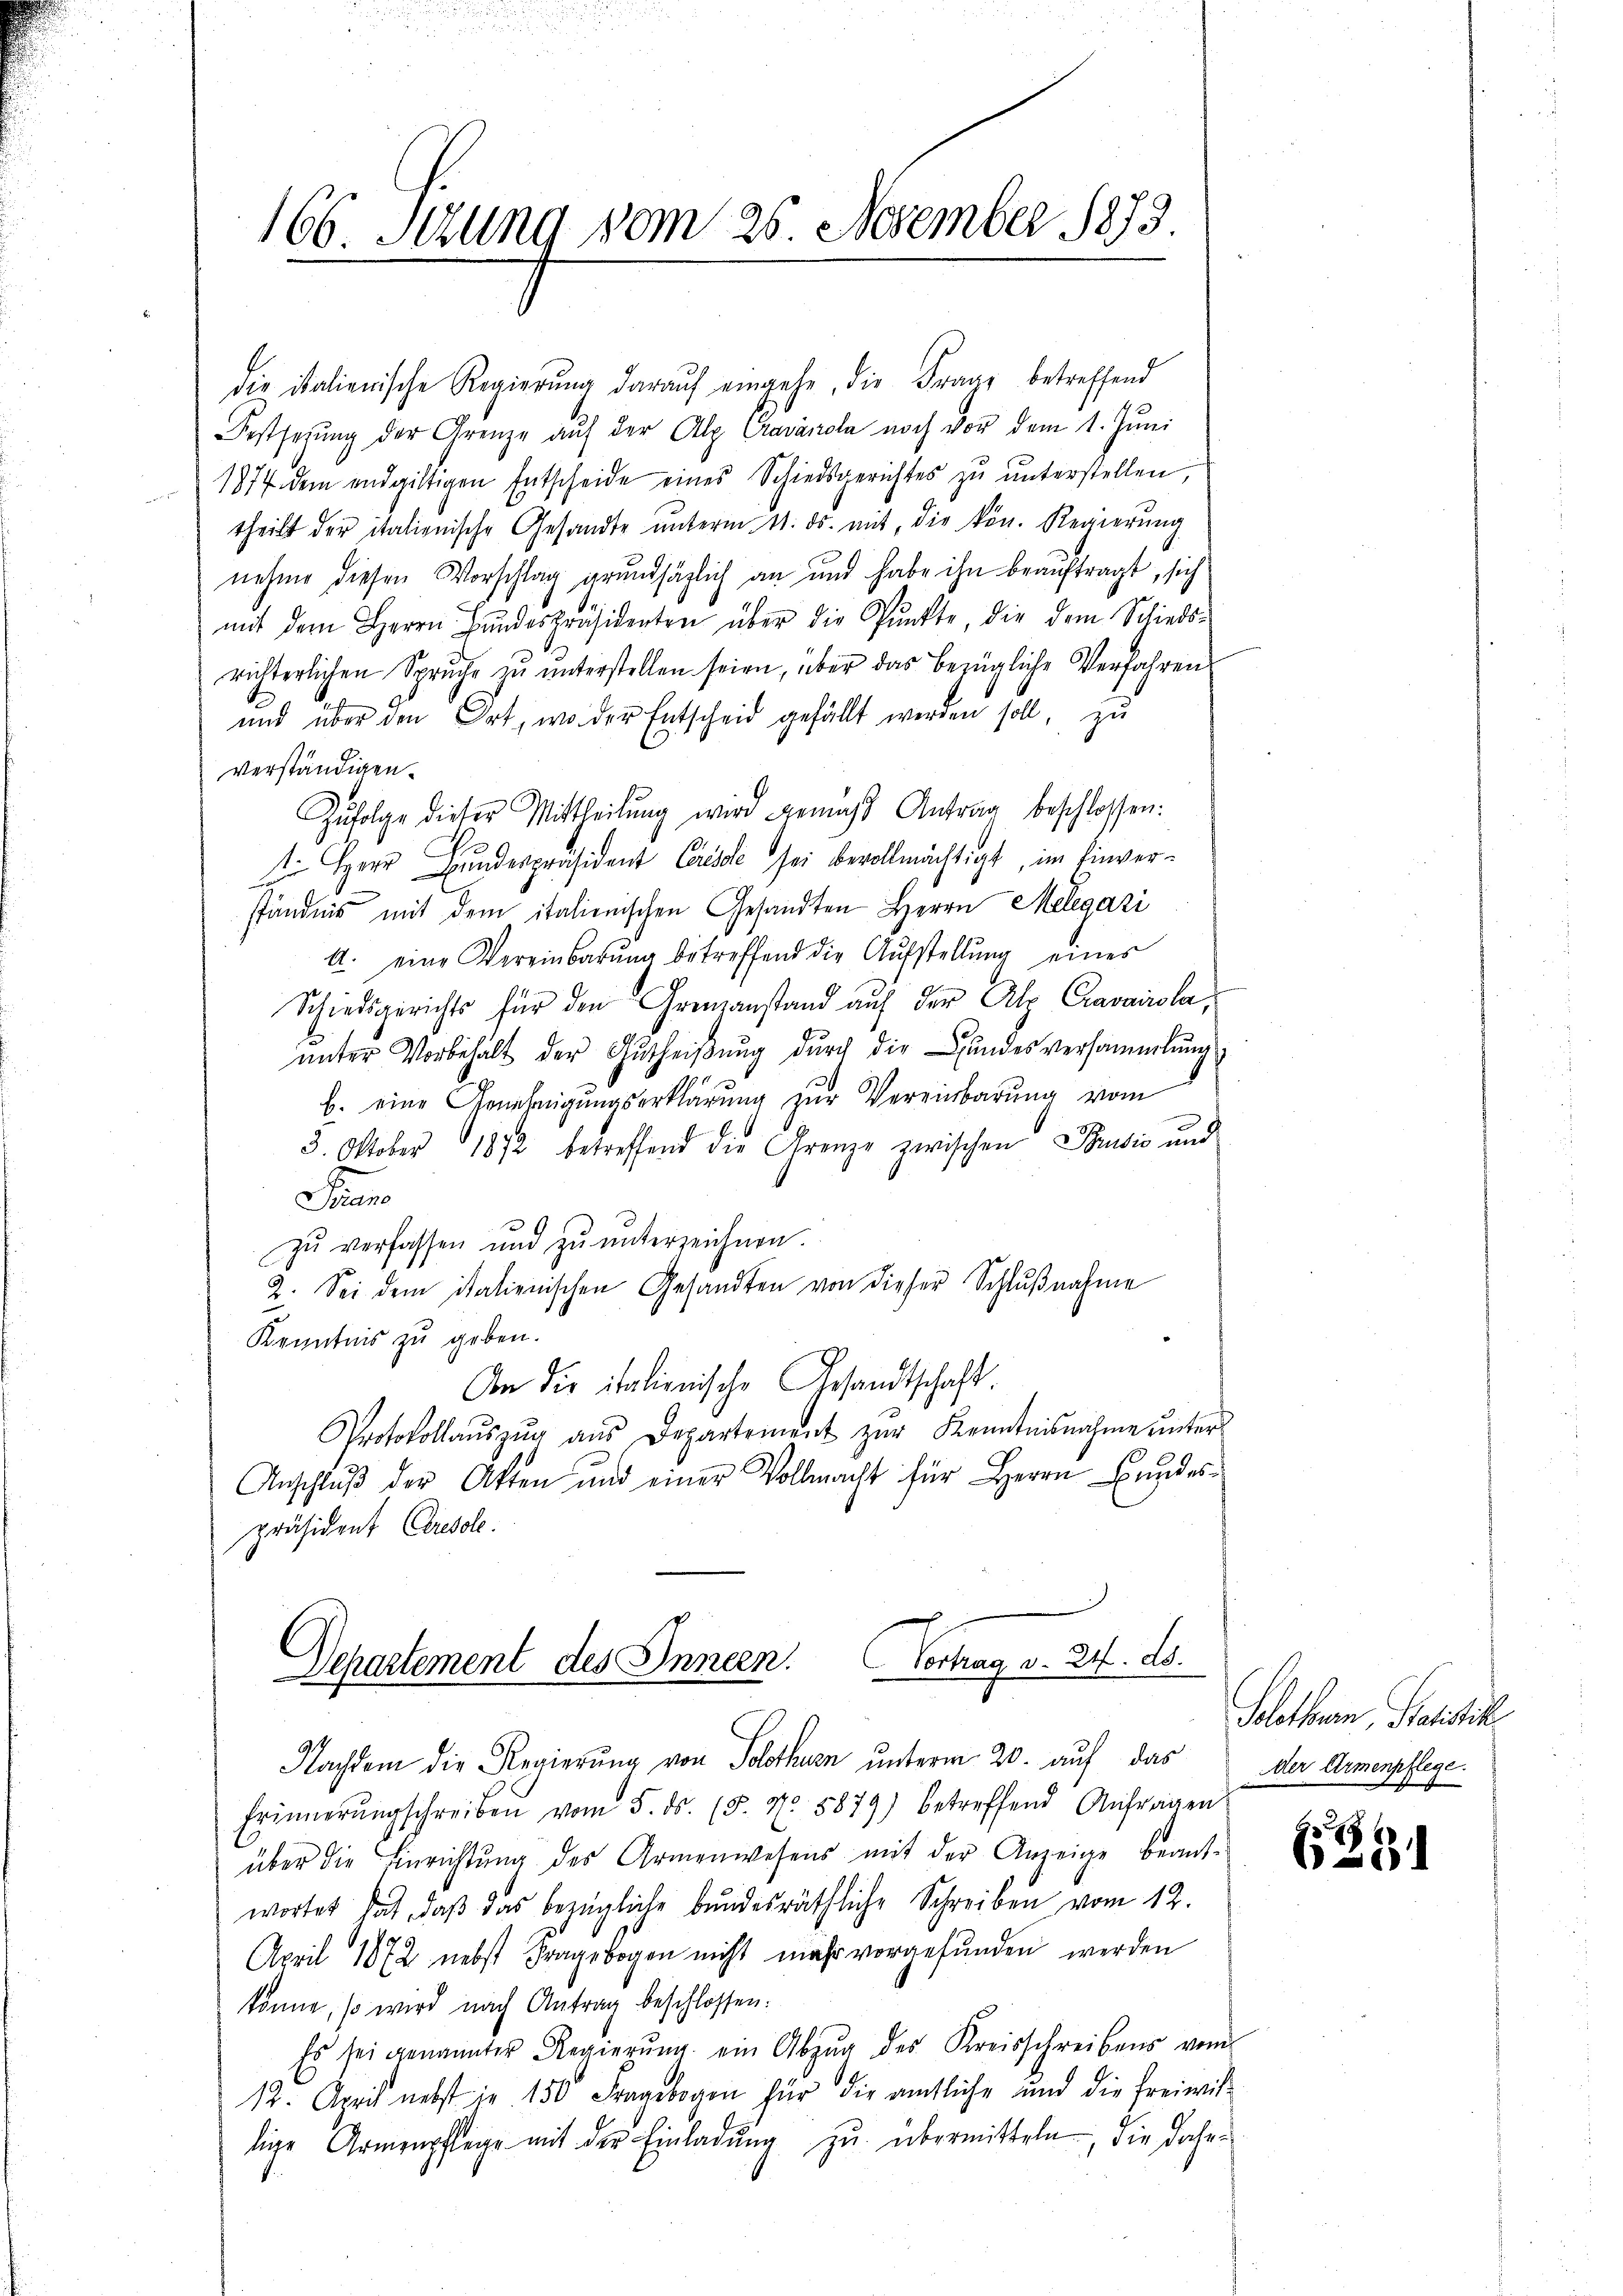
166. Setzung vom 26. November 1873.

die italienische Regierŭng darauf eingehe, die Frage betreffend
Festsezung der Grenze auf der Alp Cravárola noch vor dem 1. Juni
1877 dem endgültigen Entscheide eines Schiedsgerichtes zŭ ŭnterstellen,
theilt der italienische Gesandte ŭnterm 11. ds. mit, die kön. Regierŭng
nehme diesen Vorschlag grundsäglich an und habe ihn beaŭftragt, sich
mit dem Herrn Bŭndespräsidenten über die Pŭnkte, die dem Schieds-
richterlichen Spruche zŭ ŭnterstellen seien, über das bezügliche Verfahren
und über den Ort, wo der Entscheid gefällt werden soll, zu
verständigen.
Zŭfolge dieser Mittheilŭng wird gemäβ Antrag beschlossen:
 Herr Bundespräsident Casse sei bevollmächtigt, im Einverständnis mit dem italienischen Gesandten Herrn Melegazi
A. eine Vereinbarŭng betreffend die Aŭfstellŭng eines
Schiedsgerichts für den Grenzanstand auf der Alp Cravairola,
ŭnter Vorbehalt der Gutheiβŭng durch die Bundesversammlung
b. eine Genehmigŭngserklärung zŭr Vereinbarung vom
5. Oktober 1872 betreffend die Grenze zwischen Pusić und
S
zŭ verfassen und zŭ ŭnterzeichnen.
2. Sei dem italienischen Gesandten von dieser Schlŭβnahme
Kenntnis zu geben.
An die italienische Gesandtschaft
Protokollaŭszŭg aŭs Departement zŭr Kenntnisnahme ŭnter
Anschluß der Akten und einer Vollmacht für Herrn Bundespräsident Ceresole.

Departement des Innern. Vertrag v. 24. ds.

Nachdem die Regierung von Solothurn unterm 20. auf das
Erinnerŭngschreiben vom 5. ds. (5. No. 5879) betreffend Anfragen
über die Einrichtŭng des Armenwesens mit der Anzeige beant-
wortet hat, daβ das bezügliche bŭndesräthliche Schreiben vom 12.
April 1872 nebst Fragebogen nicht mehr vorgefunden werden
könne, so wird nach Antrag beschlossen:
Es sei genannter Regierŭng ein Abzŭg des Kreisschreibens vom
12. April nebst in 150 Fragebogen für die amtliche und die freiwil-
lige Armenpflege mit der Einladŭng zu übermitteln, die daher

d

Solothurn, Satistick
der Armenpflege.

u
0